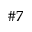
\# 7